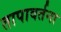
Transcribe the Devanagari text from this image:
तापावर्तना